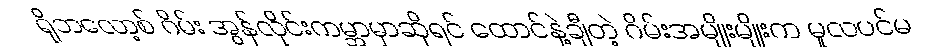
ရိုဘလော့စ် ဂိမ်း အွန်လိုင်းကမ္ဘာမှာဆိုရင် ထောင်နဲ့ချီတဲ့ ဂိမ်းအမျိုးမျိုးက မူလပင်မ